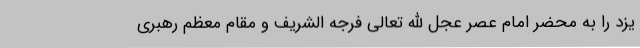
یزد را به محضر امام عصر عجل الله تعالی فرجه الشریف و مقام معظم رهبری